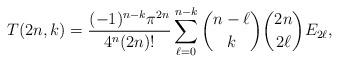
LaTeX: \begin{align*}T(2n,k)=\frac{(-1)^{n-k}\pi^{2n}}{4^n (2n)!}\sum_{\ell=0}^{n-k}\binom{n-\ell}{k}\binom{2n}{2\ell}E_{2\ell},\end{align*}